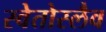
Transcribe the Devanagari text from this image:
स्वेतोस्लैव